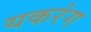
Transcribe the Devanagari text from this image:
यकरंग